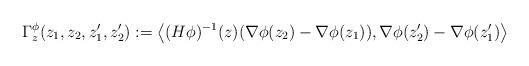
LaTeX: \begin{align*}\Gamma^\phi_{z}(z_1,z_2,z_1',z_2'):=\left\langle(H\phi)^{-1}(z)(\nabla\phi(z_2)-\nabla\phi(z_1)),\nabla\phi(z_2')-\nabla\phi(z_1')\right\rangle\end{align*}